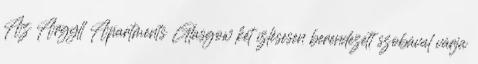
Az Argyll Apartments Glasgow két ízlésesen berendezett szobával várja